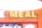
meal